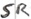
Text: SR